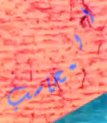
المحاسب